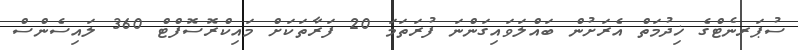
ސުޕަރނެޓްގެ ޚިދުމަތް އެރަށުން ބައްލަވައިގަންނަ ފުރަތަމަ 20 ފަރާތަކަށް މައިކްރޮސޮފްޓް 360 ލައިސެންސް